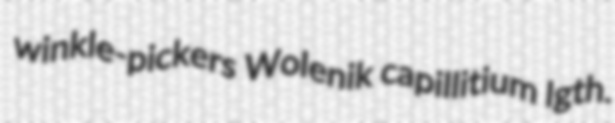
winkle-pickers Wolenik capillitium lgth.